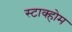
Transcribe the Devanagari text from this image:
स्टाक्होम